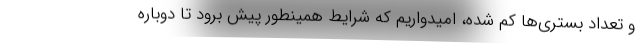
و تعداد بستری‌ها کم شده، امیدواریم که شرایط همینطور پیش برود تا دوباره